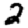
Digit: 2